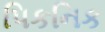
પિકનિક